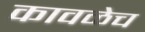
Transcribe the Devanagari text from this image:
कावळेच